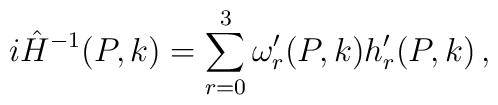
i \hat H^{-1}(P,k) = \sum_{r=0}^3 \omega_r^\prime (P,k)    h_r^\prime (P,k) \, ,